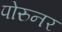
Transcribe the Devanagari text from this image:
पोरुनर